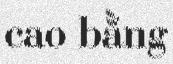
cao bằng